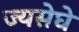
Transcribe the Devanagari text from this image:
ज्यसेघे